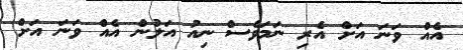
އެއް ވަނަ އަށް އެރި ނަމަވެސް ނިއު އަލުން އެއް ވަނަ އަށް